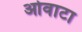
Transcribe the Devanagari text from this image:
ओवाटा